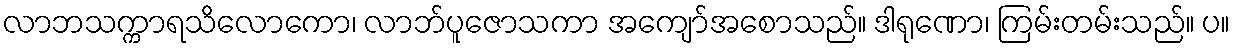
လာဘသက္ကာရသိလောကော၊ လာဘ်ပူဇောသကာ အကျော်အစောသည်။ ဒါရုဏော၊ ကြမ်းတမ်းသည်။ ပ။